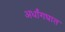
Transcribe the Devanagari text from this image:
अर्धांगघात